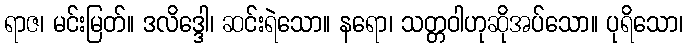
ရာဇ၊ မင်းမြတ်။ ဒလိဒ္ဒေါ၊ ဆင်းရဲသော။ နရော၊ သတ္တဝါဟုဆိုအပ်သော။ ပုရိသော၊